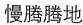
慢腾腾地